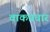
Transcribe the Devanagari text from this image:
वाकप्रचार